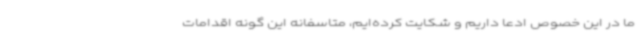
ما در این خصوص ادعا داریم و شکایت کرده‌ایم، متاسفانه این گونه اقدامات